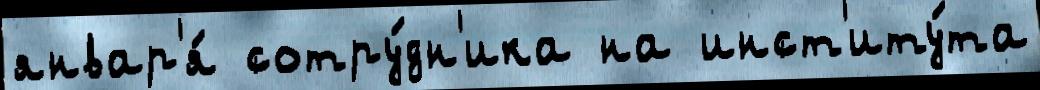
январ'я́ сотру́дн'ика на инст'иту́та